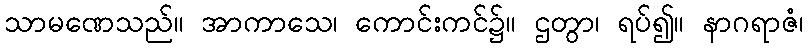
သာမဏေသည်။ အာကာသေ၊ ကောင်းကင်၌။ ဌတွာ၊ ရပ်၍။ နာဂရာဇံ၊